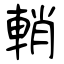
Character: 輎